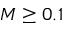
M \geq 0 . 1